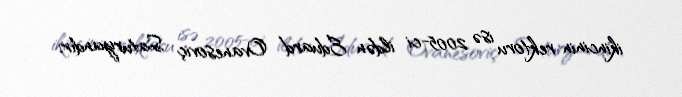
ikincinin rektoru isə 2005-ci ildən Eduard Ovanesoviç Saturyandır.